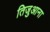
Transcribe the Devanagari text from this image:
तिजुआना